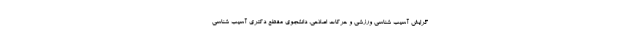
گرایش آسیب شناسی ورزشی و حرکات اصلاحی، دانشجوی مقطع دکتری آسیب شناسی